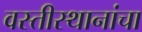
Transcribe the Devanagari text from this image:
वस्तीस्थानांचा